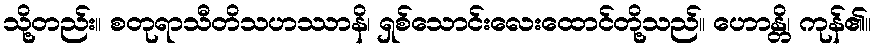
သို့တည်း။ စတုရာသီတိသဟဿာနိ၊ ရှစ်သောင်းလေးထောင်တို့သည်။ ဟောန္တိ၊ ကုန်၏။